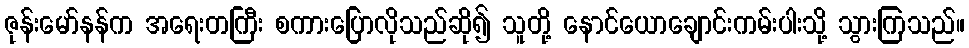
ဇုန်းမော်နန်က အရေးတကြီး စကားပြောလိုသည်ဆို၍ သူတို့ နောင်ယောချောင်းကမ်းပါးသို့ သွားကြသည်။